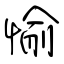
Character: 愉